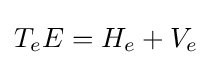
T_{e}E=H_{e}+V_{e}